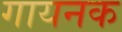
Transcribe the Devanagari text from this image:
गायनक